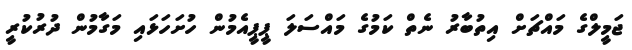
ޖަމީލްގެ މައްޗަށް އިތުބާރު ނެތް ކަމުގެ މައްސަލަ ޕީޕީއެމުން ހުށަހަޅައި މަގާމުން ދުރުކުރީ